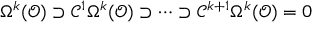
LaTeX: \Omega ^ { k } ( { \mathcal { O } } ) \supset { \mathcal { C } } ^ { 1 } \Omega ^ { k } ( { \mathcal { O } } ) \supset \cdots \supset { \mathcal { C } } ^ { k + 1 } \Omega ^ { k } ( { \mathcal { O } } ) = 0